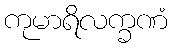
ကုမာရိလက္ခဏံ